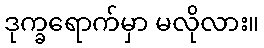
ဒုက္ခရောက်မှာ မလိုလား။